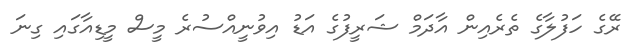
ރޭގެ ހަފުލާގެ ތެރެއިން އާދަމް ޝަރީފުގެ އަޑު އިވުނީއްސުރެ މީސް މީޑިއާގައި ގިނަ